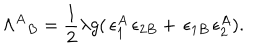
LaTeX: { \Lambda ^ { A } } _ { B } = \frac { 1 } { 2 } \lambda g ( \, \epsilon _ { 1 } ^ { A } \, \epsilon _ { 2 B } + \, \epsilon _ { 1 B } \, \epsilon _ { 2 } ^ { A } ) .